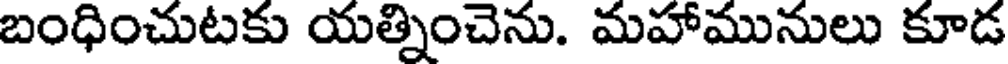
బంధించుటకు యత్నించెను. మహామునులు కూడ